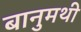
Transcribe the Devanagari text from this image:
बानुमथी